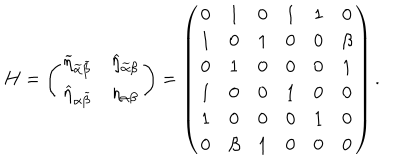
LaTeX: H = \left( \begin{array} { c c } { { \widetilde { \eta } _ { \widetilde { \alpha } \widetilde { \beta } } } } & { { \widehat { \eta } _ { \widetilde { \alpha } \beta } } } \\ { { \widehat { \eta } _ { \alpha \widetilde { \beta } } } } & { { \eta _ { \alpha \beta } } } \\ \end{array} \right) = \left( \begin{array} { c c c c c c } { { 0 } } & { { 1 } } & { { 0 } } & { { 1 } } & { { 1 } } & { { 0 } } \\ { { 1 } } & { { 0 } } & { { 1 } } & { { 0 } } & { { 0 } } & { { \beta } } \\ { { 0 } } & { { 1 } } & { { 0 } } & { { 0 } } & { { 0 } } & { { 1 } } \\ { { 1 } } & { { 0 } } & { { 0 } } & { { 1 } } & { { 0 } } & { { 0 } } \\ { { 1 } } & { { 0 } } & { { 0 } } & { { 0 } } & { { 1 } } & { { 0 } } \\ { { 0 } } & { { \beta } } & { { 1 } } & { { 0 } } & { { 0 } } & { { 0 } } \\ \end{array} \right) .